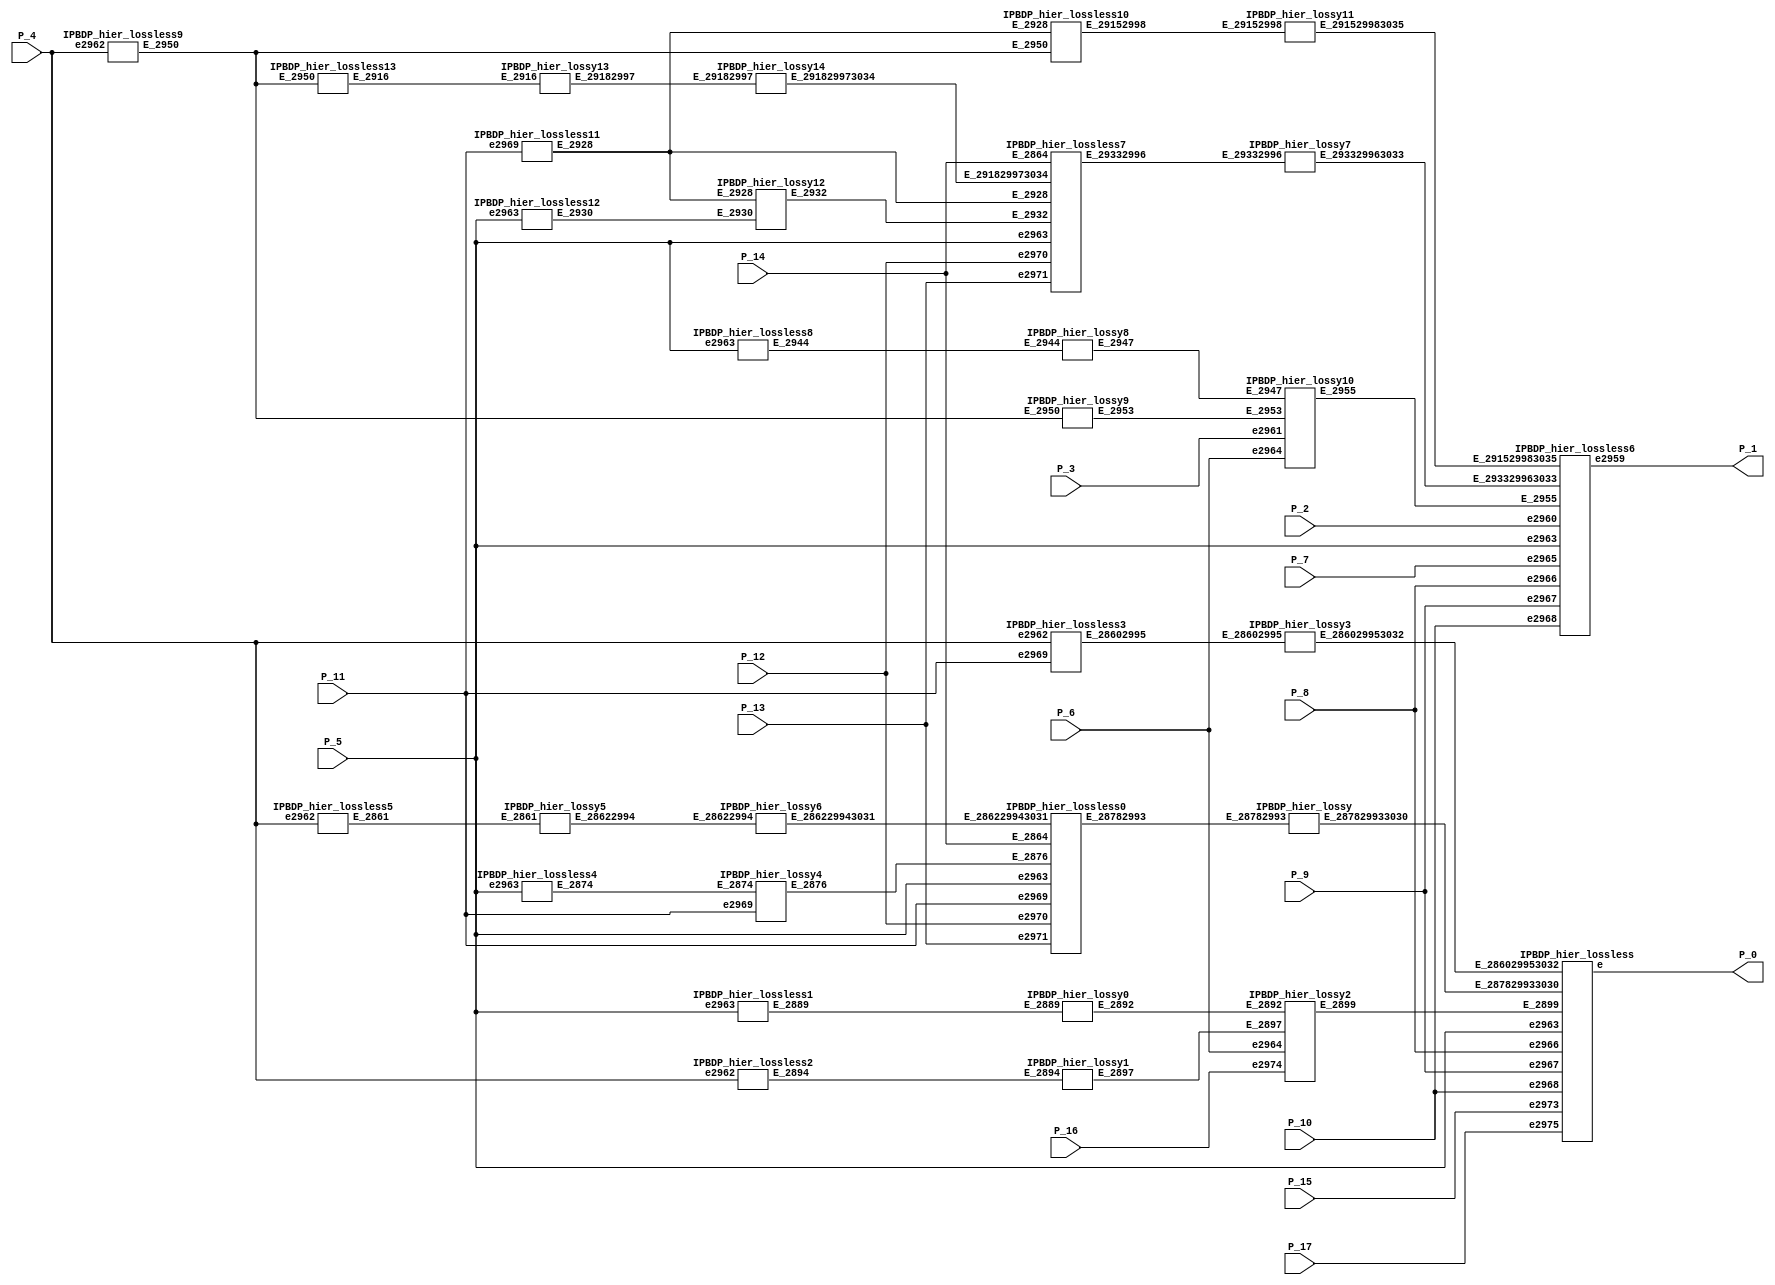
module IPBDP_hier ( P_0 , P_1 , P_2 , P_3 , P_4 , P_5 , P_6 , P_7 , P_8 , P_9 , P_10
 , P_11 , P_12 , P_13 , P_14 , P_15 , P_16 , P_17 ) ;
 output  [15:0]  P_0 ;
 output  [15:0]  P_1 ;
 input  [15:0]  P_2 ;
 input  [15:0]  P_3 ;
 input  signed  [15:0]  P_4 ;
 input  [15:0]  P_5 ;
 input  P_6 ;
 input  [15:0]  P_7 ;
 input  [15:0]  P_8 ;
 input  [15:0]  P_9 ;
 input  [15:0]  P_10 ;
 input  signed  [15:0]  P_11 ;
 input  [15:0]  P_12 ;
 input  [15:0]  P_13 ;
 input  [15:0]  P_14 ;
 input  [15:0]  P_15 ;
 input  signed  [15:0]  P_16 ;
 input  [15:0]  P_17 ;
 wire  [1:0] E_291529983035 ;
 wire  [1:0] E_291829973034 ;
 wire  [0:15] E_293329963033 ;
 wire  [1:0] E_286029953032 ;
 wire  [1:0] E_286229943031 ;
 wire  [15:0] E_287829933030 ;
 wire  [1:0] E_29152998 ;
 wire  [1:0] E_29182997 ;
 wire  [0:15] E_29332996 ;
 wire  [1:0] E_28602995 ;
 wire  [1:0] E_28622994 ;
 wire  [15:0] E_28782993 ;
 wire  [8:0] E_2916 ;
 wire  [15:0] E_2928 ;
 wire  [16:0] E_2930 ;
 wire  [0:15] E_2932 ;
 wire  [7:0] E_2944 ;
 wire  [6:0] E_2947 ;
 wire  [14:0] E_2950 ;
 wire  [6:0] E_2953 ;
 wire  [30:0] E_2955 ;
 wire  [8:0] E_2861 ;
 wire  [15:0] E_2864 ;
assign E_2864 = P_14 ;
 wire  [16:0] E_2874 ;
 wire  [15:0] E_2876 ;
 wire  [7:0] E_2889 ;
 wire  [6:0] E_2892 ;
 wire  [14:0] E_2894 ;
 wire  [6:0] E_2897 ;
 wire  [30:0] E_2899 ;
 wire  [15:0] e2975 ;
assign e2975 = P_17 ;
 wire  signed  [15:0] e2974 ;
assign e2974 = P_16 ;
 wire  [15:0] e2973 ;
assign e2973 = P_15 ;
 wire  [15:0] e2971 ;
assign e2971 = P_13 ;
 wire  [15:0] e2970 ;
assign e2970 = P_12 ;
 wire  signed  [15:0] e2969 ;
assign e2969 = P_11 ;
 wire  [15:0] e2968 ;
assign e2968 = P_10 ;
 wire  [15:0] e2967 ;
assign e2967 = P_9 ;
 wire  [15:0] e2966 ;
assign e2966 = P_8 ;
 wire  [15:0] e2965 ;
assign e2965 = P_7 ;
 wire e2964 ;
assign e2964 = P_6 ;
 wire  [15:0] e2963 ;
assign e2963 = P_5 ;
 wire  signed  [15:0] e2962 ;
assign e2962 = P_4 ;
 wire  [15:0] e2961 ;
assign e2961 = P_3 ;
 wire  [15:0] e2960 ;
assign e2960 = P_2 ;
 wire  [15:0] e2959 ;
assign P_1 = e2959 ;
 wire  [15:0] e ;
assign P_0 = e ;
IPBDP_hier_lossless13  IPBDP_hier_lossless3070 ( .E_2950 ( E_2950 )  , .E_2916 ( E_2916 ) 
		 );
IPBDP_hier_lossless12  IPBDP_hier_lossless3069 ( .e2963 ( e2963 )  , .E_2930 ( E_2930 ) 
		 );
IPBDP_hier_lossless11  IPBDP_hier_lossless3068 ( .e2969 ( e2969 )  , .E_2928 ( E_2928 ) 
		 );
IPBDP_hier_lossy14  IPBDP_hier_lossy3067 ( .E_29182997 ( E_29182997 )  , .E_291829973034 ( E_291829973034 ) 
		 );
IPBDP_hier_lossy13  IPBDP_hier_lossy3066 ( .E_2916 ( E_2916 )  , .E_29182997 ( E_29182997 ) 
		 );
IPBDP_hier_lossy12  IPBDP_hier_lossy3065 ( .E_2928 ( E_2928 )  , .E_2930 ( E_2930 ) 
		 , .E_2932 ( E_2932 )  );
IPBDP_hier_lossless10  IPBDP_hier_lossless3064 ( .E_2950 ( E_2950 )  , .E_2928 ( E_2928 ) 
		 , .E_29152998 ( E_29152998 )  );
IPBDP_hier_lossless9  IPBDP_hier_lossless3063 ( .e2962 ( e2962 )  , .E_2950 ( E_2950 ) 
		 );
IPBDP_hier_lossless8  IPBDP_hier_lossless3062 ( .e2963 ( e2963 )  , .E_2944 ( E_2944 ) 
		 );
IPBDP_hier_lossless7  IPBDP_hier_lossless3061 ( .E_291829973034 ( E_291829973034 ) 
		 , .E_2932 ( E_2932 )  , .E_2864 ( E_2864 )  , .E_2928 ( E_2928 )  , .e2971 ( e2971 )  , .e2970 ( e2970 ) 
		 , .e2963 ( e2963 )  , .E_29332996 ( E_29332996 )  );
IPBDP_hier_lossy11  IPBDP_hier_lossy3060 ( .E_29152998 ( E_29152998 )  , .E_291529983035 ( E_291529983035 ) 
		 );
IPBDP_hier_lossy10  IPBDP_hier_lossy3059 ( .e2964 ( e2964 )  , .E_2947 ( E_2947 ) 
		 , .E_2953 ( E_2953 )  , .e2961 ( e2961 )  , .E_2955 ( E_2955 )  );
IPBDP_hier_lossy9  IPBDP_hier_lossy3058 ( .E_2950 ( E_2950 )  , .E_2953 ( E_2953 ) 
		 );
IPBDP_hier_lossy8  IPBDP_hier_lossy3057 ( .E_2944 ( E_2944 )  , .E_2947 ( E_2947 ) 
		 );
IPBDP_hier_lossy7  IPBDP_hier_lossy3056 ( .E_29332996 ( E_29332996 )  , .E_293329963033 ( E_293329963033 ) 
		 );
IPBDP_hier_lossless6  IPBDP_hier_lossless3055 ( .E_291529983035 ( E_291529983035 ) 
		 , .e2960 ( e2960 )  , .e2968 ( e2968 )  , .e2967 ( e2967 )  , .e2965 ( e2965 )  , .E_2955 ( E_2955 ) 
		 , .e2963 ( e2963 )  , .E_293329963033 ( E_293329963033 )  , .e2966 ( e2966 )  , .e2959 ( e2959 ) 
		 );
IPBDP_hier_lossless5  IPBDP_hier_lossless3054 ( .e2962 ( e2962 )  , .E_2861 ( E_2861 ) 
		 );
IPBDP_hier_lossless4  IPBDP_hier_lossless3053 ( .e2963 ( e2963 )  , .E_2874 ( E_2874 ) 
		 );
IPBDP_hier_lossy6  IPBDP_hier_lossy3052 ( .E_28622994 ( E_28622994 )  , .E_286229943031 ( E_286229943031 ) 
		 );
IPBDP_hier_lossy5  IPBDP_hier_lossy3051 ( .E_2861 ( E_2861 )  , .E_28622994 ( E_28622994 ) 
		 );
IPBDP_hier_lossy4  IPBDP_hier_lossy3050 ( .e2969 ( e2969 )  , .E_2874 ( E_2874 ) 
		 , .E_2876 ( E_2876 )  );
IPBDP_hier_lossless3  IPBDP_hier_lossless3049 ( .e2962 ( e2962 )  , .e2969 ( e2969 ) 
		 , .E_28602995 ( E_28602995 )  );
IPBDP_hier_lossless2  IPBDP_hier_lossless3048 ( .e2962 ( e2962 )  , .E_2894 ( E_2894 ) 
		 );
IPBDP_hier_lossless1  IPBDP_hier_lossless3047 ( .e2963 ( e2963 )  , .E_2889 ( E_2889 ) 
		 );
IPBDP_hier_lossless0  IPBDP_hier_lossless3046 ( .E_286229943031 ( E_286229943031 ) 
		 , .E_2864 ( E_2864 )  , .E_2876 ( E_2876 )  , .e2971 ( e2971 )  , .e2970 ( e2970 )  , .e2963 ( e2963 ) 
		 , .e2969 ( e2969 )  , .E_28782993 ( E_28782993 )  );
IPBDP_hier_lossy3  IPBDP_hier_lossy3045 ( .E_28602995 ( E_28602995 )  , .E_286029953032 ( E_286029953032 ) 
		 );
IPBDP_hier_lossy2  IPBDP_hier_lossy3044 ( .e2964 ( e2964 )  , .E_2892 ( E_2892 ) 
		 , .E_2897 ( E_2897 )  , .e2974 ( e2974 )  , .E_2899 ( E_2899 )  );
IPBDP_hier_lossy1  IPBDP_hier_lossy3043 ( .E_2894 ( E_2894 )  , .E_2897 ( E_2897 ) 
		 );
IPBDP_hier_lossy0  IPBDP_hier_lossy3042 ( .E_2889 ( E_2889 )  , .E_2892 ( E_2892 ) 
		 );
IPBDP_hier_lossy  IPBDP_hier_lossy ( .E_28782993 ( E_28782993 )  , .E_287829933030 ( E_287829933030 ) 
		 );
IPBDP_hier_lossless  IPBDP_hier_lossless ( .E_286029953032 ( E_286029953032 ) 
		 , .e2973 ( e2973 )  , .e2968 ( e2968 )  , .e2967 ( e2967 )  , .e2975 ( e2975 )  , .E_2899 ( E_2899 ) 
		 , .e2963 ( e2963 )  , .E_287829933030 ( E_287829933030 )  , .e2966 ( e2966 )  , .e ( e )  );
endmodule

module IPBDP_hier_lossless13 ( E_2950 , E_2916 ) ;
 input  [14:0]  E_2950 ;
 output  [8:0]  E_2916 ;
  assign /* unsigned  9-bit */  E_2916 = E_2950 ;
endmodule

module IPBDP_hier_lossless12 ( e2963 , E_2930 ) ;
 input  [15:0]  e2963 ;
 output  [16:0]  E_2930 ;
 wire  [2:0] E_2929 ;
  assign /* unsigned  3-bit */  E_2929 = 3'h5;
  assign /* unsigned 17-bit */  E_2930 = E_2929 + e2963 ;
endmodule

module IPBDP_hier_lossless11 ( e2969 , E_2928 ) ;
 input  signed  [15:0]  e2969 ;
 output  [15:0]  E_2928 ;
  assign /* unsigned 16-bit */  E_2928 = e2969 ;
endmodule

module IPBDP_hier_lossy14 ( E_29182997 , E_291829973034 ) ;
 input  [1:0]  E_29182997 ;
 output  [1:0]  E_291829973034 ;
  assign /* unsigned  2-bit */  E_291829973034 = E_29182997 ;
endmodule

module IPBDP_hier_lossy13 ( E_2916 , E_29182997 ) ;
 input  [8:0]  E_2916 ;
 output  [1:0]  E_29182997 ;
 wire  [2:0] E_2917 ;
 wire  [3:0] E_2976 ;
  assign /* unsigned  2-bit */  E_29182997 = E_2916 [ 4'h8 : 3'h7 ] ; 
  assign /* unsigned  3-bit */  E_2917 = 3'h7;
  assign /* unsigned  4-bit */  E_2976 = 4'h8;
endmodule

module IPBDP_hier_lossy12 ( E_2928 , E_2930 , E_2932 ) ;
 input  [15:0]  E_2928 ;
 input  [16:0]  E_2930 ;
 output  [0:15]  E_2932 ;
  assign /* unsigned 16-bit */  E_2932 = E_2928 << E_2930 ;
endmodule

module IPBDP_hier_lossless10 ( E_2950 , E_2928 , E_29152998 ) ;
 input  [14:0]  E_2950 ;
 input  [15:0]  E_2928 ;
 output  [1:0]  E_29152998 ;
 wire  [0:0] E_2908 ;
 wire  signed  [7:0] E_2907 ;
 wire E_2913 ;
 wire E_2912 ;
 wire  [0:0] E_2910 ;
 wire E_2909 ;
 wire E_2914 ;
 wire  [1:0] E_2911 ;
  assign /* unsigned  1-bit */  E_2908 = 1'h0;
  assign /*   signed  8-bit */  E_2907 = E_2928 ;
  assign /* unsigned    bit */  E_2913 = E_2928 ;
  assign /* unsigned    bit */  E_2912 = E_2950 ;
  assign /* unsigned  1-bit */  E_2910 = 1'h1;
wire signed  [1:0]  E_29083071 = E_2908; /* unsign->sign */ 
  assign /* unsigned    bit */  E_2909 = E_2907 < E_29083071 ;
  assign /* unsigned    bit */  E_2914 = E_2912 || E_2913 ;
  assign /* unsigned  2-bit */  E_2911 = E_2909 << E_2910 ;
  assign /* unsigned  2-bit */  E_29152998 = E_2911 + E_2914 ;
endmodule

module IPBDP_hier_lossless9 ( e2962 , E_2950 ) ;
 input  signed  [15:0]  e2962 ;
 output  [14:0]  E_2950 ;
  assign /* unsigned 15-bit */  E_2950 = e2962 ;
endmodule

module IPBDP_hier_lossless8 ( e2963 , E_2944 ) ;
 input  [15:0]  e2963 ;
 output  [7:0]  E_2944 ;
  assign /* unsigned  8-bit */  E_2944 = e2963 ;
endmodule

module IPBDP_hier_lossless7 ( E_291829973034 , E_2932 , E_2864 , E_2928 , e2971
 , e2970 , e2963 , E_29332996 ) ;
 input  [1:0]  E_291829973034 ;
 input  [0:15]  E_2932 ;
 input  [15:0]  E_2864 ;
 input  [15:0]  E_2928 ;
 input  [15:0]  e2971 ;
 input  [15:0]  e2970 ;
 input  [15:0]  e2963 ;
 output  [0:15]  E_29332996 ;
 wire  [0:15] E_2926 ;
 wire  [0:15] E_2923 ;
 wire  [0:15] E_2920 ;
 reg  [0:15] E_29332996 ;
  assign /* unsigned 16-bit */  E_2926 = e2970 * e2963 ;
  assign /* unsigned 16-bit */  E_2923 = E_2928 - e2971 ;
  assign /* unsigned 16-bit */  E_2920 = E_2864 ;
  always @( E_291829973034 or E_2920
	 or E_2923 or E_2926 or E_2932 )
    begin
    case ( E_291829973034 )
      0 : /* unsigned 16-bit */  E_29332996 = E_2920 ;
      1 : /* unsigned 16-bit */  E_29332996 = E_2923 ;
      2 : /* unsigned 16-bit */  E_29332996 = E_2926 ;
      3 : /* unsigned 16-bit */  E_29332996 = E_2932 ;
    endcase
  end
endmodule

module IPBDP_hier_lossy11 ( E_29152998 , E_291529983035 ) ;
 input  [1:0]  E_29152998 ;
 output  [1:0]  E_291529983035 ;
  assign /* unsigned  2-bit */  E_291529983035 = E_29152998 ;
endmodule

module IPBDP_hier_lossy10 ( e2964 , E_2947 , E_2953 , e2961 , E_2955 ) ;
 input  e2964 ;
 input  [6:0]  E_2947 ;
 input  [6:0]  E_2953 ;
 input  [15:0]  e2961 ;
 output  [30:0]  E_2955 ;
  assign /* unsigned 31-bit */  E_2955 = { e2961 , E_2953 , E_2947 , e2964 };
endmodule

module IPBDP_hier_lossy9 ( E_2950 , E_2953 ) ;
 input  [14:0]  E_2950 ;
 output  [6:0]  E_2953 ;
 wire  [3:0] E_2951 ;
 wire  [3:0] E_2952 ;
  assign /* unsigned  7-bit */  E_2953 = E_2950 [ 4'he : 4'h8 ] ; 
  assign /* unsigned  4-bit */  E_2951 = 4'h8;
  assign /* unsigned  4-bit */  E_2952 = 4'he;
endmodule

module IPBDP_hier_lossy8 ( E_2944 , E_2947 ) ;
 input  [7:0]  E_2944 ;
 output  [6:0]  E_2947 ;
 wire  [0:0] E_2945 ;
 wire  [2:0] E_2946 ;
  assign /* unsigned  7-bit */  E_2947 = E_2944 [ 3'h7 : 1'h1 ] ; 
  assign /* unsigned  1-bit */  E_2945 = 1'h1;
  assign /* unsigned  3-bit */  E_2946 = 3'h7;
endmodule

module IPBDP_hier_lossy7 ( E_29332996 , E_293329963033 ) ;
 input  [0:15]  E_29332996 ;
 output  [0:15]  E_293329963033 ;
  assign /* unsigned 16-bit */  E_293329963033 = E_29332996 ;
endmodule

module IPBDP_hier_lossless6 ( E_291529983035 , e2960 , e2968 , e2967 , e2965
 , E_2955 , e2963 , E_293329963033 , e2966 , e2959 ) ;
 input  [1:0]  E_291529983035 ;
 input  [15:0]  e2960 ;
 input  [15:0]  e2968 ;
 input  [15:0]  e2967 ;
 input  [15:0]  e2965 ;
 input  [30:0]  E_2955 ;
 input  [15:0]  e2963 ;
 input  [0:15]  E_293329963033 ;
 input  [15:0]  e2966 ;
 output  [15:0]  e2959 ;
 wire  [15:0] E_2939 ;
 wire E_2934 ;
 wire  [15:0] E_2956 ;
 wire  [15:0] E_2941 ;
 wire  [15:0] E_2937 ;
 reg  [15:0] e2959 ;
  assign /* unsigned 16-bit */  E_2939 = e2966 * e2963 ;
  assign /* unsigned    bit */  E_2934 = e2963 >= E_293329963033 ;
  assign /* unsigned 16-bit */  E_2956 = E_2955 ;
  assign /* unsigned 16-bit */  E_2941 = E_2939 + e2965 ;
  assign /* unsigned 16-bit */  E_2937 = E_2934 ? e2967 : e2968 ;
  always @( E_291529983035 or E_2937
	 or E_2941 or E_2956 or e2960 )
    begin
    case ( E_291529983035 )
      0 : /* unsigned 16-bit */  e2959 = E_2937 ;
      1 : /* unsigned 16-bit */  e2959 = E_2941 ;
      2 : /* unsigned 16-bit */  e2959 = E_2956 ;
      3 : /* unsigned 16-bit */  e2959 = e2960 ;
    endcase
  end
endmodule

module IPBDP_hier_lossless5 ( e2962 , E_2861 ) ;
 input  signed  [15:0]  e2962 ;
 output  [8:0]  E_2861 ;
  assign /* unsigned  9-bit */  E_2861 = e2962 ;
endmodule

module IPBDP_hier_lossless4 ( e2963 , E_2874 ) ;
 input  [15:0]  e2963 ;
 output  [16:0]  E_2874 ;
 wire  [2:0] E_2873 ;
  assign /* unsigned  3-bit */  E_2873 = 3'h5;
  assign /* unsigned 17-bit */  E_2874 = E_2873 + e2963 ;
endmodule

module IPBDP_hier_lossy6 ( E_28622994 , E_286229943031 ) ;
 input  [1:0]  E_28622994 ;
 output  [1:0]  E_286229943031 ;
  assign /* unsigned  2-bit */  E_286229943031 = E_28622994 ;
endmodule

module IPBDP_hier_lossy5 ( E_2861 , E_28622994 ) ;
 input  [8:0]  E_2861 ;
 output  [1:0]  E_28622994 ;
 wire  [2:0] E_2977 ;
 wire  [3:0] E_2978 ;
  assign /* unsigned  2-bit */  E_28622994 = E_2861 [ 4'h8 : 3'h7 ] ; 
  assign /* unsigned  3-bit */  E_2977 = 3'h7;
  assign /* unsigned  4-bit */  E_2978 = 4'h8;
endmodule

module IPBDP_hier_lossy4 ( e2969 , E_2874 , E_2876 ) ;
 input  signed  [15:0]  e2969 ;
 input  [16:0]  E_2874 ;
 output  [15:0]  E_2876 ;
  assign /* unsigned 16-bit */  E_2876 = e2969 <<< E_2874 ;
endmodule

module IPBDP_hier_lossless3 ( e2962 , e2969 , E_28602995 ) ;
 input  signed  [15:0]  e2962 ;
 input  signed  [15:0]  e2969 ;
 output  [1:0]  E_28602995 ;
 wire  [0:0] E_2853 ;
 wire  signed  [7:0] E_2852 ;
 wire E_2858 ;
 wire E_2857 ;
 wire  [0:0] E_2855 ;
 wire E_2854 ;
 wire E_2859 ;
 wire  [1:0] E_2856 ;
  assign /* unsigned  1-bit */  E_2853 = 1'h0;
  assign /*   signed  8-bit */  E_2852 = e2969 ;
  assign /* unsigned    bit */  E_2858 = e2969 ;
  assign /* unsigned    bit */  E_2857 = e2962 ;
  assign /* unsigned  1-bit */  E_2855 = 1'h1;
wire signed  [1:0]  E_28533072 = E_2853; /* unsign->sign */ 
  assign /* unsigned    bit */  E_2854 = E_2852 < E_28533072 ;
  assign /* unsigned    bit */  E_2859 = E_2857 || E_2858 ;
  assign /* unsigned  2-bit */  E_2856 = E_2854 << E_2855 ;
  assign /* unsigned  2-bit */  E_28602995 = E_2856 + E_2859 ;
endmodule

module IPBDP_hier_lossless2 ( e2962 , E_2894 ) ;
 input  signed  [15:0]  e2962 ;
 output  [14:0]  E_2894 ;
  assign /* unsigned 15-bit */  E_2894 = e2962 ;
endmodule

module IPBDP_hier_lossless1 ( e2963 , E_2889 ) ;
 input  [15:0]  e2963 ;
 output  [7:0]  E_2889 ;
  assign /* unsigned  8-bit */  E_2889 = e2963 ;
endmodule

module IPBDP_hier_lossless0 ( E_286229943031 , E_2864 , E_2876 , e2971 , e2970
 , e2963 , e2969 , E_28782993 ) ;
 input  [1:0]  E_286229943031 ;
 input  [15:0]  E_2864 ;
 input  [15:0]  E_2876 ;
 input  [15:0]  e2971 ;
 input  [15:0]  e2970 ;
 input  [15:0]  e2963 ;
 input  signed  [15:0]  e2969 ;
 output  [15:0]  E_28782993 ;
 wire  [15:0] E_2865 ;
 wire  [15:0] E_2871 ;
 wire  [15:0] E_2868 ;
 reg  [15:0] E_28782993 ;
  assign /* unsigned 16-bit */  E_2865 = e2969 ;
  assign /* unsigned 16-bit */  E_2871 = e2970 * e2963 ;
  assign /* unsigned 16-bit */  E_2868 = E_2865 - e2971 ;
  always @( E_286229943031 or E_2864
	 or E_2868 or E_2871 or E_2876 )
    begin
    case ( E_286229943031 )
      0 : /* unsigned 16-bit */  E_28782993 = E_2864 ;
      1 : /* unsigned 16-bit */  E_28782993 = E_2868 ;
      2 : /* unsigned 16-bit */  E_28782993 = E_2871 ;
      3 : /* unsigned 16-bit */  E_28782993 = E_2876 ;
    endcase
  end
endmodule

module IPBDP_hier_lossy3 ( E_28602995 , E_286029953032 ) ;
 input  [1:0]  E_28602995 ;
 output  [1:0]  E_286029953032 ;
  assign /* unsigned  2-bit */  E_286029953032 = E_28602995 ;
endmodule

module IPBDP_hier_lossy2 ( e2964 , E_2892 , E_2897 , e2974 , E_2899 ) ;
 input  e2964 ;
 input  [6:0]  E_2892 ;
 input  [6:0]  E_2897 ;
 input  signed  [15:0]  e2974 ;
 output  [30:0]  E_2899 ;
  assign /* unsigned 31-bit */  E_2899 = { e2974 , E_2897 , E_2892 , e2964 };
endmodule

module IPBDP_hier_lossy1 ( E_2894 , E_2897 ) ;
 input  [14:0]  E_2894 ;
 output  [6:0]  E_2897 ;
 wire  [3:0] E_2895 ;
 wire  [3:0] E_2896 ;
  assign /* unsigned  7-bit */  E_2897 = E_2894 [ 4'he : 4'h8 ] ; 
  assign /* unsigned  4-bit */  E_2895 = 4'h8;
  assign /* unsigned  4-bit */  E_2896 = 4'he;
endmodule

module IPBDP_hier_lossy0 ( E_2889 , E_2892 ) ;
 input  [7:0]  E_2889 ;
 output  [6:0]  E_2892 ;
 wire  [0:0] E_2890 ;
 wire  [2:0] E_2891 ;
  assign /* unsigned  7-bit */  E_2892 = E_2889 [ 3'h7 : 1'h1 ] ; 
  assign /* unsigned  1-bit */  E_2890 = 1'h1;
  assign /* unsigned  3-bit */  E_2891 = 3'h7;
endmodule

module IPBDP_hier_lossy ( E_28782993 , E_287829933030 ) ;
 input  [15:0]  E_28782993 ;
 output  [15:0]  E_287829933030 ;
  assign /* unsigned 16-bit */  E_287829933030 = E_28782993 ;
endmodule

module IPBDP_hier_lossless ( E_286029953032 , e2973 , e2968 , e2967 , e2975
 , E_2899 , e2963 , E_287829933030 , e2966 , e ) ;
 input  [1:0]  E_286029953032 ;
 input  [15:0]  e2973 ;
 input  [15:0]  e2968 ;
 input  [15:0]  e2967 ;
 input  [15:0]  e2975 ;
 input  [30:0]  E_2899 ;
 input  [15:0]  e2963 ;
 input  [15:0]  E_287829933030 ;
 input  [15:0]  e2966 ;
 output  [15:0]  e ;
 wire  [15:0] E_2884 ;
 wire E_2879 ;
 wire  [15:0] E_2900 ;
 wire  [15:0] E_2886 ;
 wire  [15:0] E_2882 ;
 reg  [15:0] e ;
  assign /* unsigned 16-bit */  E_2884 = e2966 * e2963 ;
  assign /* unsigned    bit */  E_2879 = e2963 >= E_287829933030 ;
  assign /* unsigned 16-bit */  E_2900 = E_2899 ;
  assign /* unsigned 16-bit */  E_2886 = E_2884 + e2975 ;
  assign /* unsigned 16-bit */  E_2882 = E_2879 ? e2967 : e2968 ;
  always @( E_286029953032 or E_2882
	 or E_2886 or E_2900 or e2973 )
    begin
    case ( E_286029953032 )
      0 : /* unsigned 16-bit */  e = E_2882 ;
      1 : /* unsigned 16-bit */  e = E_2886 ;
      2 : /* unsigned 16-bit */  e = E_2900 ;
      3 : /* unsigned 16-bit */  e = e2973 ;
    endcase
  end
endmodule